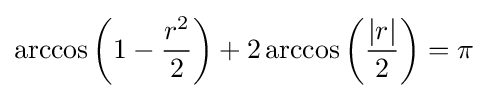
\arccos \left(1-{\frac {r^{2}}{2}}\right)+2\arccos \left({\frac {|r|}{2}}\right)=\pi